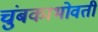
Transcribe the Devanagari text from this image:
चुंबकाभोवती